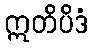
ဣတိပိဒံ